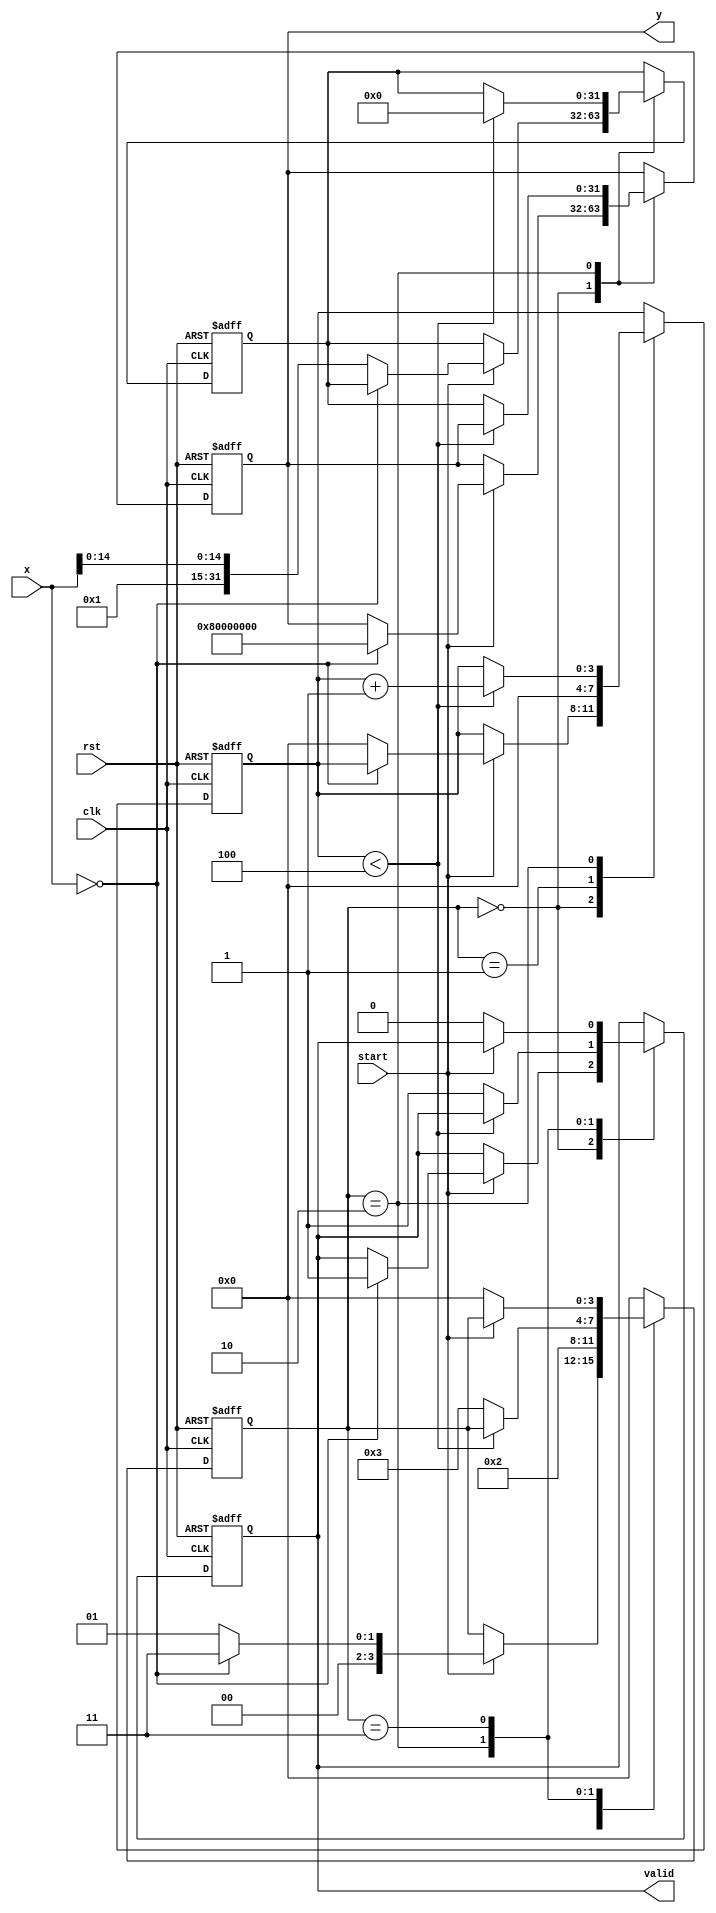
module binary_fractional_reciprocal #(
    parameter N = 16, // Input width
    parameter M = 32  // Output width (should be greater than N)
)(
    input wire clk,
    input wire rst,
    input wire [N-1:0] x, // Input fixed-point binary number
    input wire start, // Signal to start the calculation
    output reg [M-1:0] y, // Output reciprocal
    output reg valid // Output valid signal
);

    // Internal registers
    reg [M-1:0] approx; // Current approximation of the reciprocal
    reg [3:0] state; // State for FSM
    reg [3:0] count; // Iteration counter

    // State encoding
    localparam IDLE = 4'b0000,
               INIT = 4'b0001,
               ITERATE = 4'b0010,
               DONE = 4'b0011;

    // Constants
    localparam MAX_OUTPUT = {1'b1, {M-1{1'b0}}}; // Maximum output value (1.0 in fixed-point)

    // FSM for controlling the computation
    always @(posedge clk or posedge rst) begin
        if (rst) begin
            state <= IDLE;
            y <= 0;
            valid <= 0;
            approx <= 0;
            count <= 0;
        end else begin
            case (state)
                IDLE: begin
                    if (start) begin
                        if (x == 0) begin
                            y <= MAX_OUTPUT; // Handle zero input
                            valid <= 1;
                            state <= DONE;
                        end else begin
                            approx <= {1'b1, x[N-2:0]}; // Initial approximation (1.0)
                            count <= 0;
                            state <= INIT;
                        end
                    end
                end

                INIT: begin
                    count <= 0;
                    state <= ITERATE;
                end

                ITERATE: begin
                    if (count < 4) begin // Fixed number of iterations (4)
                        approx <= approx * (2**M - x * approx) >> M; // Newton-Raphson iteration
                        count <= count + 1;
                    end else begin
                        y <= approx; // Final approximation
                        valid <= 1;
                        state <= DONE;
                    end
                end

                DONE: begin
                    if (!start) begin
                        valid <= 0; // Reset valid signal when not starting
                        state <= IDLE;
                    end
                end

                default: state <= IDLE;
            endcase
        end
    end
endmodule